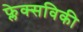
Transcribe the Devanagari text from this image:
फ्लेक्सविकी